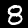
Digit: 8